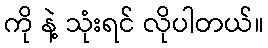
ကို နဲ့ သုံးရင် လိုပါတယ်။